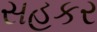
સહકર